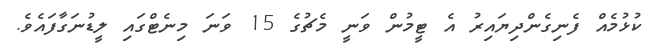
ކުޅުމެއް ފެނިގެންދިޔައިރު އެ ޓީމުން ވަނީ މެޗުގެ 15 ވަނަ މިނެޓްގައި ލީޑުނަގާފައެވެ.